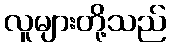
လူများတို့သည်